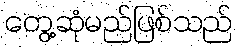
တွေ့ဆုံမည်ဖြစ်သည်